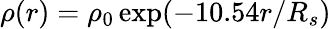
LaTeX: \rho(r)=\rho_{0}\exp(-10.54r/R_{s})